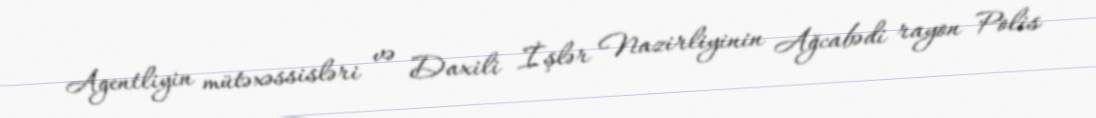
Agentliyin mütəxəssisləri və Daxili İşlər Nazirliyinin Ağcabədi rayon Polis